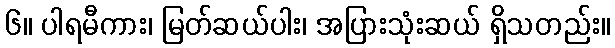
၆။ ပါရမီကား၊ မြတ်ဆယ်ပါး၊ အပြားသုံးဆယ် ရှိသတည်း။